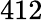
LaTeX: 412